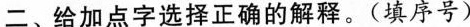
二、给加点字选择正确的解释。(填序号)